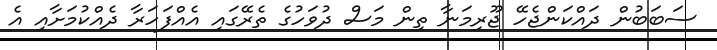
ސަބަބުން ދައްކަންޖެހޭ ޖޫރިމަނާ ތިން މަސް ދުވަހުގެ ތެރޭގައި އެއްފަހަރާ ދެއްކުމަށާއި އެ